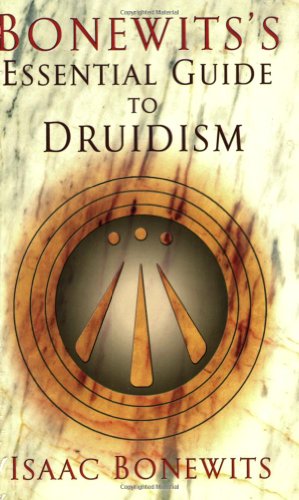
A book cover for Bonewits's Essential Guide to Druidism; Isaac Bonewits; Religion & Spirituality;